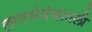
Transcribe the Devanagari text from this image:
लग्नसंबंधातली